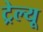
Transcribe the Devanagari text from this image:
ट्रेल्यू